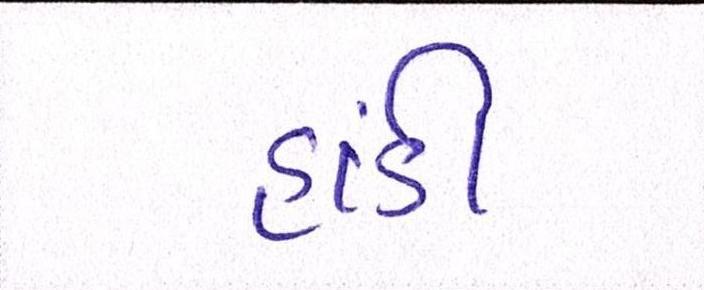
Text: હાંડી